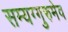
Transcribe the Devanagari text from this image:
सम्यग्गुरुमेव